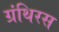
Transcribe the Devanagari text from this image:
ग्रंथिरस